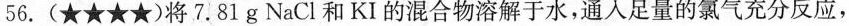
56.(★★★★)将7.81 g NaCl 和 KI 的混合物溶解于水，通入足量的氯气充分反应，